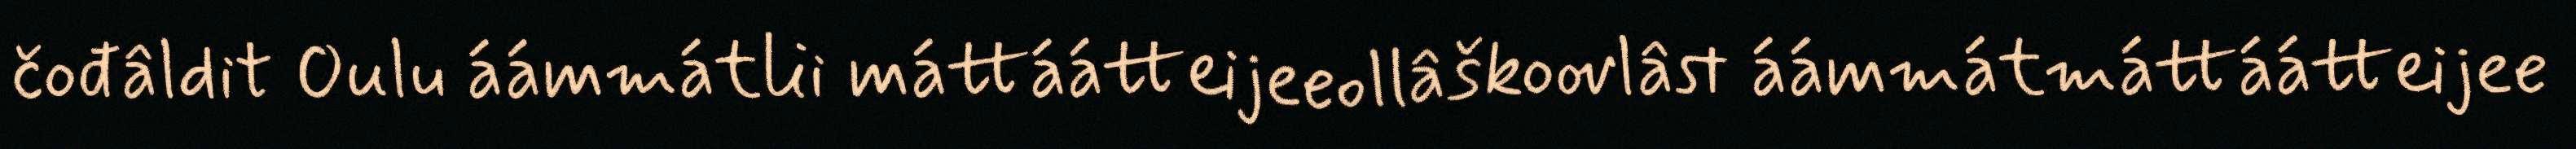
čođâldit Oulu áámmátlii máttáátteijeeollâškoovlâst áámmátmáttáátteijee